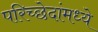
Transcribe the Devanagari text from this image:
परिच्छेदांमध्ये